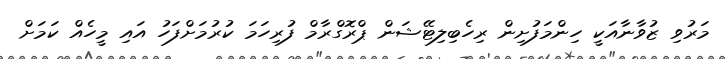
މަރުވި ޒުވާނާއަކީ ހިންމަފުށިން ރިހެބިލިޓޭޝަން ޕްރޮގްރާމް ފުރިހަމަ ކުރުމަށްފަހު އައި މީހެއް ކަމަށް